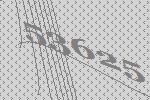
53625